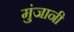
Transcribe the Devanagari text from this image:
मुंजानी